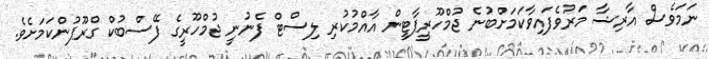
ނަމަވެސް އާރިޝާ މަރުވެފައިވާކަމަށްބުނެ ޖުމްހޫރީޕާޓީން އާއްމުކުރި ލިސްޓް ފެނުނީ ޖުމްހޫރީގެ ފޭސްބުކް ގްރޫޕުންކަމަށެވެ.